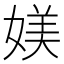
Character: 媄